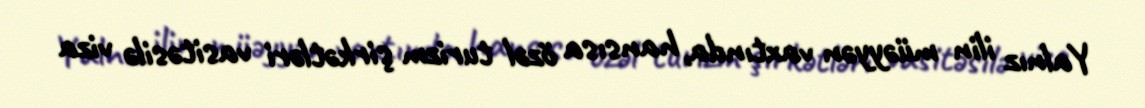
Yalnız ilin müəyyən vaxtında, hansısa özəl turizm şirkətləri vasitəsilə viza